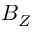
B _ { Z }